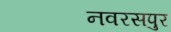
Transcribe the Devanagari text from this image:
नवरसपुर